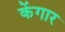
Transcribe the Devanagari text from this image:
केंगार